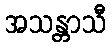
အသန္တာသီ